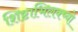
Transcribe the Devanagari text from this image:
शिष्टाभिलक्ष्यो